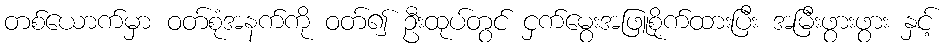
တစ်ယောက်မှာ ဝတ်စုံအနက်ကို ဝတ်၍ ဦးထုပ်တွင် ငှက်မွေးအဖြူစိုက်ထားပြီး အမြီးဖွားဖွား နှင့်